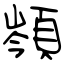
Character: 䫈